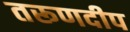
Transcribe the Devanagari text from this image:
तरूणदीप